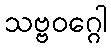
သဗ္ဗဝဂ္ဂေါ